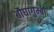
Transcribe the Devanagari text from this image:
बौघागुम्बा